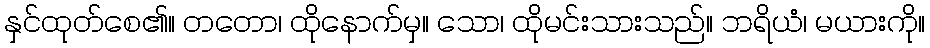
နှင်ထုတ်စေ၏။ တတော၊ ထိုနောက်မှ။ သော၊ ထိုမင်းသားသည်။ ဘရိယံ၊ မယားကို။